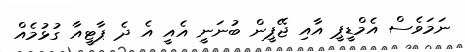
ނަމަވެސް އެމްޑީޕީ އާއި ޖޭޕީން ބުނަނީ އެއީ އެ ދެ ޕާޓީއާ ގުޅުމެއް